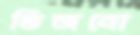
ভিজনো